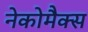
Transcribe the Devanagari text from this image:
नेकोमैक्स